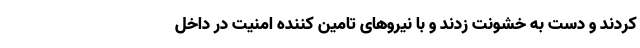
کردند و دست به خشونت زدند و با نیرو‌های تامین کننده امنیت در داخل